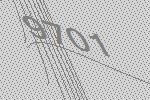
9701